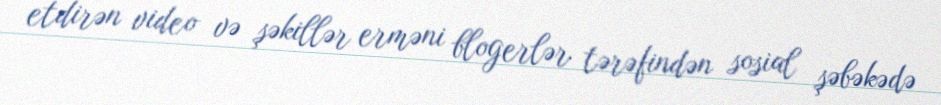
etdirən video və şəkillər erməni blogerlər tərəfindən sosial şəbəkədə